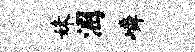
妹溷嶙